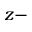
z -